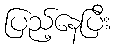
ပြည့်နေပြီး